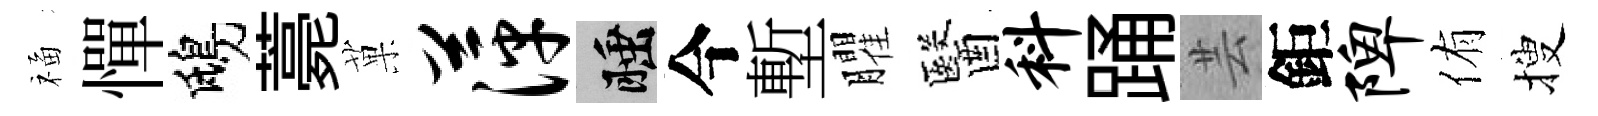
福憚鴟薧菓萍睡今塹臞醫料踊芸鉅陴侑搜